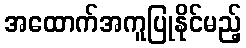
အထောက်အကူပြုနိုင်မည့်